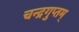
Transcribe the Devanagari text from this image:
चन्द्रगुप्तम्